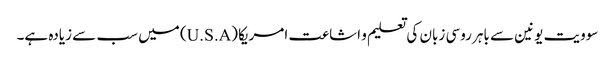
سوویت یونین سے باہر روسی زبان کی تعلیم و اشاعت امریکا (U.S.A) میں سب سے زیادہ ہے۔